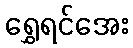
ရွှေရင်အေး